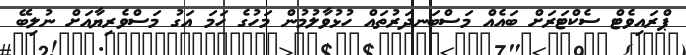
ޕްރައިވެޓް ސެކްޓަރަށް ބައެއް މަސްބަނދަރުތައް ހުޅުވާލުމުން މަހުގެ ހަމަ އަގު މަސްވެރިޔާއަށް ނުލިބޭ